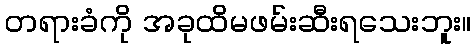
တရားခံကို အခုထိမဖမ်းဆီးရသေးဘူး။